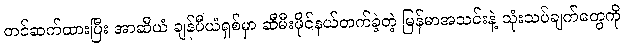
တင်ဆက်ထားပြီး အာဆီယံ ချန်ပီယံရှစ်မှာ ဆီမီးဖိုင်နယ်တက်ခဲ့တဲ့ မြန်မာအသင်းနဲ့ သုံးသပ်ချက်တွေကို